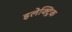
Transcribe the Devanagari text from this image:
इलेक्‍ट्रिक